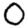
Digit: 0